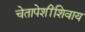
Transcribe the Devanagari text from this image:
चेतापेशींशिवाय